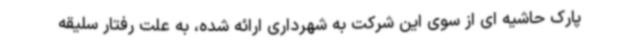
پارک حاشیه ای از سوی این شرکت به شهرداری ارائه شده، به علت رفتار سلیقه